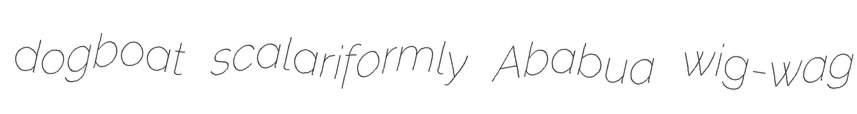
dogboat scalariformly Ababua wig-wag